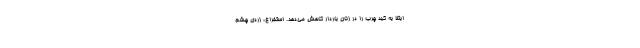
ابتلا به کبد چرب را در زنان باردار کاهش می‌دهد. استفراغ، زردی چشم